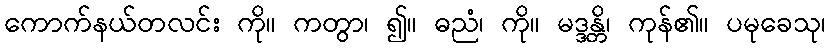
ကောက်နယ်တလင်း ကို။ ကတွာ၊ ၍။ ဓညံ၊ ကို။ မဒ္ဒန္တိ၊ ကုန်၏။ ပမုခေသု၊